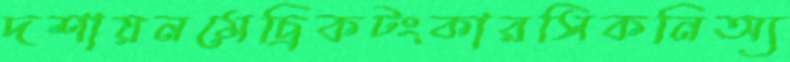
দশায়নমেচ্রিকটংকারসিকনিঅ্য